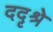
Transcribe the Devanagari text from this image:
ददृश्रे